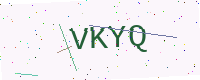
Text: VKYQ